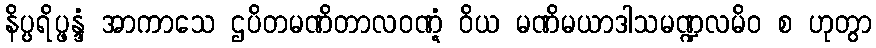
နိပ္ပရိပ္ဖန္ဒံ အာကာသေ ဌပိတမဏိတာလဝဏ္ဋံ ဝိယ မဏိမယာဒါသမဏ္ဍလမိဝ စ ဟုတွာ